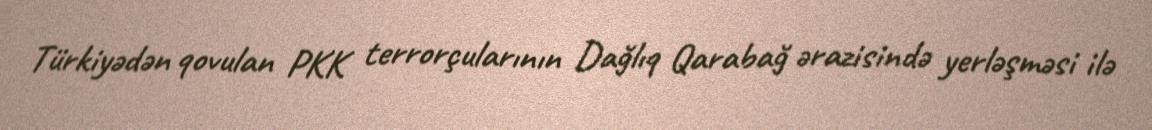
Türkiyədən qovulan PKK terrorçularının Dağlıq Qarabağ ərazisində yerləşməsi ilə